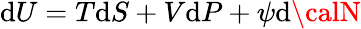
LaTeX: \mathrm{d}U=T\mathrm{d}S+V\mathrm{d}P+\psi\mathrm{d}{\calN}